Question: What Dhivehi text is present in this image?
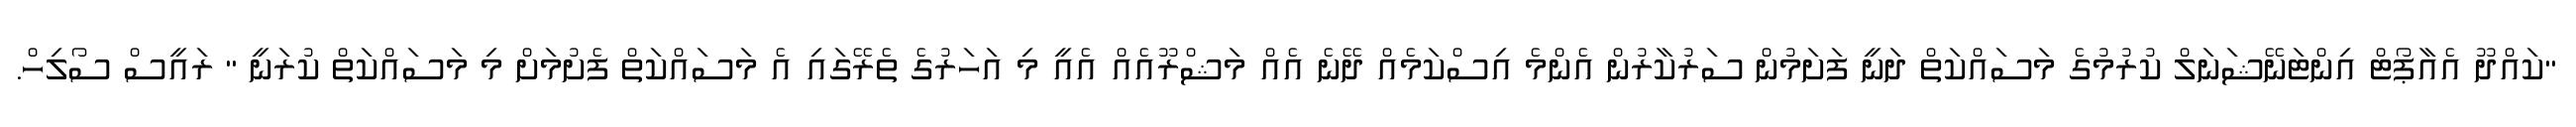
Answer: "ކައްދޫ އެއާޕޯޓް އިންޓަނޭޝަނަލް ކުރުމުގެ މަސައްކަތް ދަނީ ފަށަމުން ސަރުކާރުން އެންމެ އިސްކަމެއް ދޭނެ އެއް މަޝްރޫއެއް އެއީ މި އަހަރުގެ ތެރޭގައި އެ މަސައްކަތް ފެށުމަށް މި މަސައްކަތް ކުރަނީ " ރައީސް ސޯލިހް.